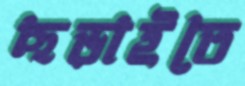
ছড়াইতে